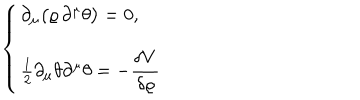
LaTeX: \left\{ \begin{array} { c } { { \partial _ { \mu } \big ( \varrho \, \partial ^ { \mu } \theta \big ) = 0 , \hfill } } \\ { { \frac { 1 } { 2 } \partial _ { \mu } \theta \partial ^ { \mu } \theta = - \displaystyle \frac { \delta V } { \delta \varrho } } } \\ \end{array} \right.